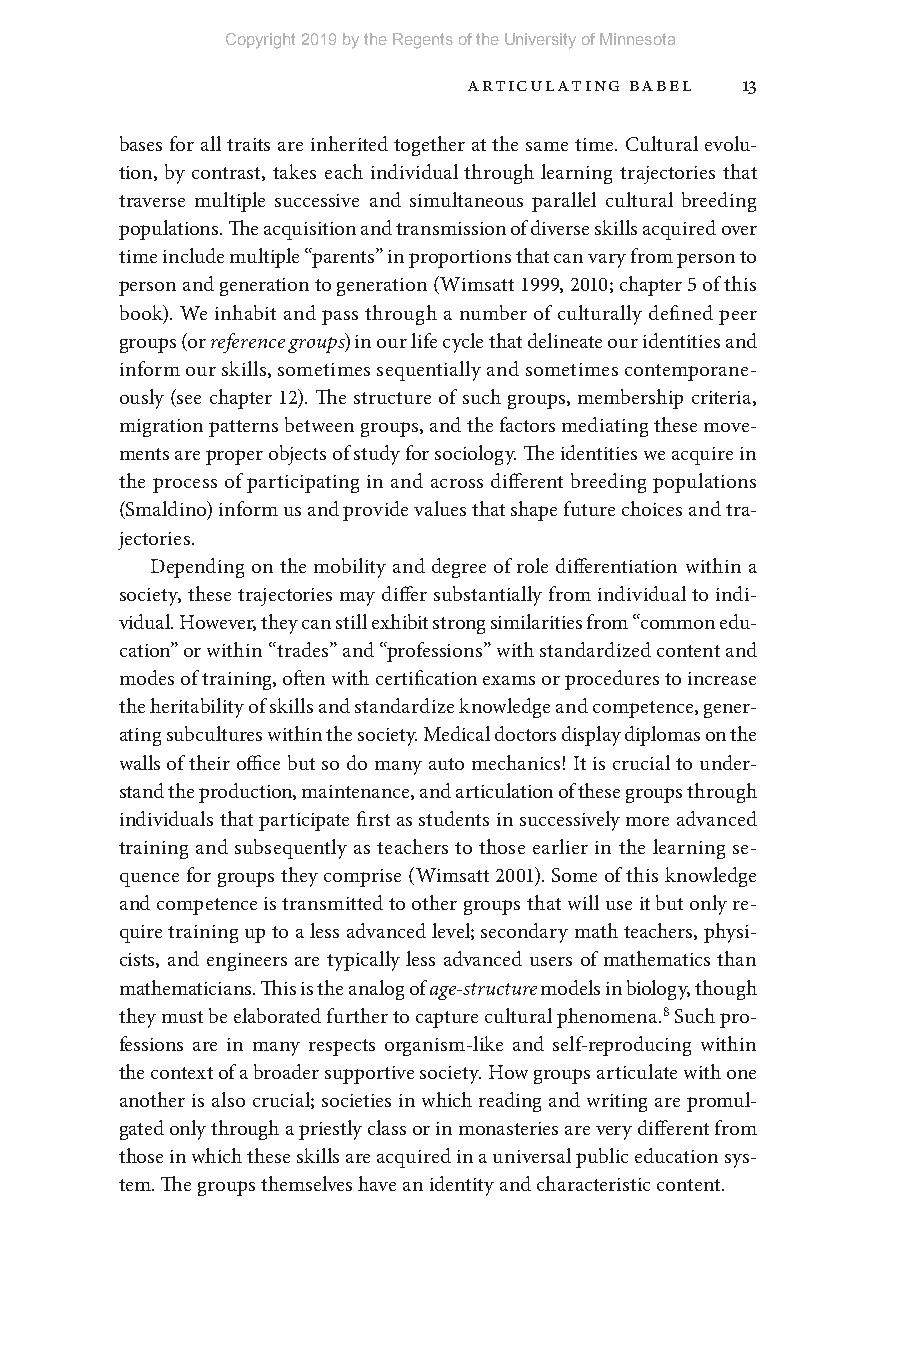
Copyright 2019 by the Regents of the University of Minnesota
 Articulating Babel 13
 bases for all traits are inherited together at the same time. Cultural evolu-
 tion, by contrast, takes each individual through learning trajectories that
 traverse multiple successive and simultaneous parallel cultural breeding
 populations. The acquisition and transmission of diverse skills acquired over
 time include multiple “parents” in proportions that can vary from person to
 person and generation to generation (Wimsatt 1999, 2010; chapter 5 of this
 book). We inhabit and pass through a number of culturally defined peer
 groups (or reference groups) in our life cycle that delineate our identities and
 inform our skills, sometimes sequentially and sometimes contemporane-
 ously (see chapter 12). The structure of such groups, membership criteria,
 migration patterns between groups, and the factors mediating these move-
 ments are proper objects of study for sociology. The identities we acquire in
 the process of participating in and across different breeding populations
 (Smaldino) inform us and provide values that shape future choices and tra-
 jectories.
 Depending on the mobility and degree of role differentiation within a
 society, these trajectories may differ substantially from individual to indi-
 vidual. However, they can still exhibit strong similarities from “common edu-
 cation” or within “trades” and “professions” with standardized content and
 modes of training, often with certification exams or procedures to increase
 the heritability of skills and standardize knowledge and competence, gener-
 ating subcultures within the society. Medical doctors display diplomas on the
 walls of their office but so do many auto mechanics! It is crucial to under-
 stand the production, maintenance, and articulation of these groups through
 individuals that participate first as students in successively more advanced
 training and subsequently as teachers to those earlier in the learning se-
 quence for groups they comprise (Wimsatt 2001). Some of this knowledge
 and competence is transmitted to other groups that will use it but only re-
 quire training up to a less advanced level; secondary math teachers, physi-
 cists, and engineers are typically less advanced users of mathematics than
 mathematicians. This is the analog of age- structure models in biology, though
 they must be elaborated further to capture cultural phenomena.8 Such pro-
 fessions are in many respects organism- like and self- reproducing within
 the context of a broader supportive society. How groups articulate with one
 another is also crucial; societies in which reading and writing are promul-
 gated only through a priestly class or in monasteries are very different from
 those in which these skills are acquired in a universal public education sys-
 tem. The groups themselves have an identity and characteristic content.